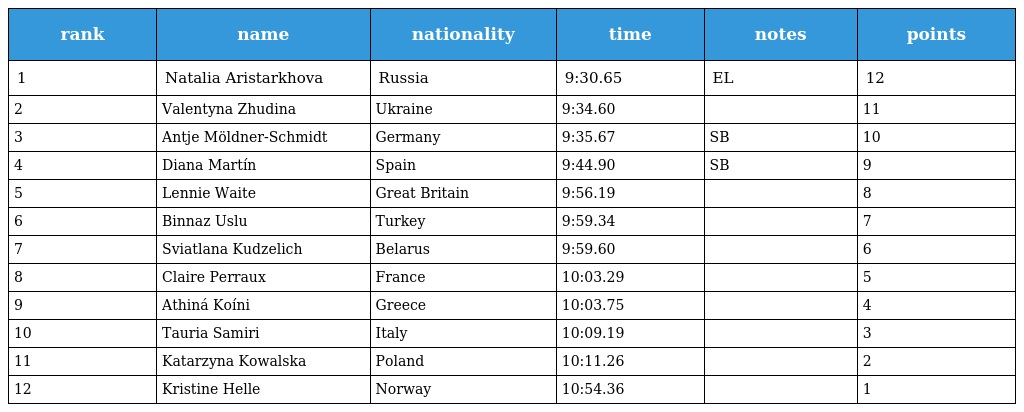
| rank | name | nationality | time | notes | points |
 | --- | --- | --- | --- | --- | --- |
 | 1 | Natalia Aristarkhova | Russia | 9:30.65 | EL | 12 |
 | 2 | Valentyna Zhudina | Ukraine | 9:34.60 |  | 11 |
 | 3 | Antje Möldner-Schmidt | Germany | 9:35.67 | SB | 10 |
 | 4 | Diana Martín | Spain | 9:44.90 | SB | 9 |
 | 5 | Lennie Waite | Great Britain | 9:56.19 |  | 8 |
 | 6 | Binnaz Uslu | Turkey | 9:59.34 |  | 7 |
 | 7 | Sviatlana Kudzelich | Belarus | 9:59.60 |  | 6 |
 | 8 | Claire Perraux | France | 10:03.29 |  | 5 |
 | 9 | Athiná Koíni | Greece | 10:03.75 |  | 4 |
 | 10 | Tauria Samiri | Italy | 10:09.19 |  | 3 |
 | 11 | Katarzyna Kowalska | Poland | 10:11.26 |  | 2 |
 | 12 | Kristine Helle | Norway | 10:54.36 |  | 1 |